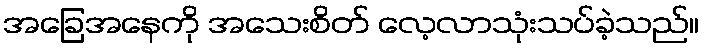
အခြေအနေကို အသေးစိတ် လေ့လာသုံးသပ်ခဲ့သည်။